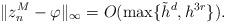
LaTeX: \begin{align*}\|z_n^M - \varphi \|_\infty = O (\max \{\tilde{h}^{d}, h^{3 r} \}).\end{align*}